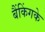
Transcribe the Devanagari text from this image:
बैंकिंगके